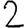
Digit: 2